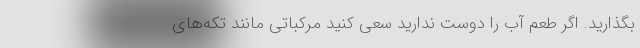
بگذارید. اگر طعم آب را دوست ندارید سعی کنید مرکباتی مانند تکه‌های